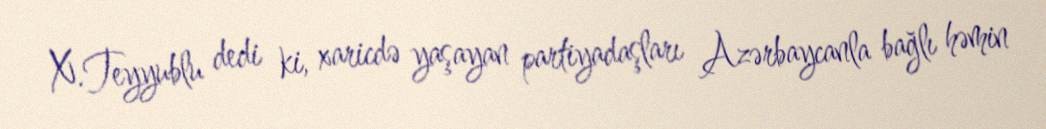
X.Teyyublu dedi ki, xaricdə yaşayan partiyadaşları Azərbaycanla bağlı həmin